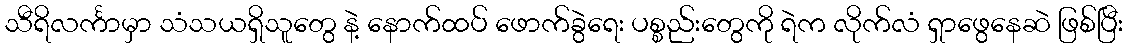
သီရိလင်္ကာမှာ သံသယရှိသူတွေ နဲ့ နောက်ထပ် ဖောက်ခွဲရေး ပစ္စည်းတွေကို ရဲက လိုက်လံ ရှာဖွေနေဆဲ ဖြစ်ပြီး